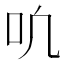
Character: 𫩓